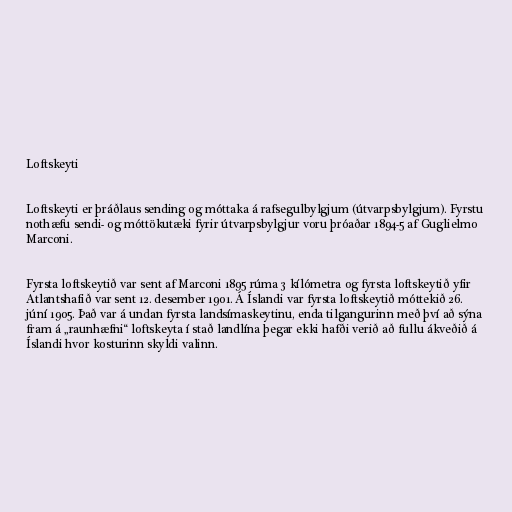
Loftskeyti

Loftskeyti er þráðlaus sending og móttaka á rafsegulbylgjum (útvarpsbylgjum). Fyrstu
nothæfu sendi- og móttökutæki fyrir útvarpsbylgjur voru þróaðar 1894-5 af Guglielmo
Marconi.

Fyrsta loftskeytið var sent af Marconi 1895 rúma 3 kílómetra og fyrsta loftskeytið yfir
Atlantshafið var sent 12. desember 1901. Á Íslandi var fyrsta loftskeytið móttekið 26.
júní 1905. Það var á undan fyrsta landsímaskeytinu, enda tilgangurinn með því að sýna
fram á „raunhæfni“ loftskeyta í stað landlína þegar ekki hafði verið að fullu ákveðið á
Íslandi hvor kosturinn skyldi valinn.